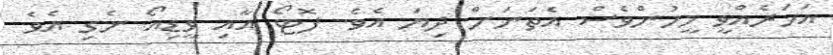
އަހަރެއްވީ މީހުންވެސް އެތަނަށް ދިޔަ އެވެ. ފޮޓޯ އާއި ވީޑިއޯ ނެގި އެވެ.